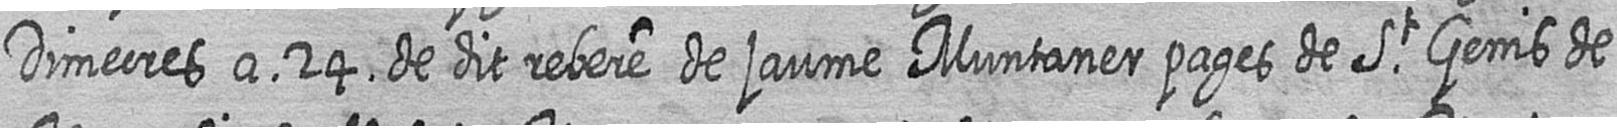
Dimecres a 24 de dit rebere de jaume Muntaner pages de St Genis de